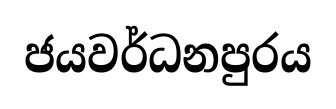
ජයවර්ධනපුරය